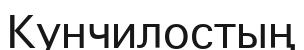
Кунчилостың